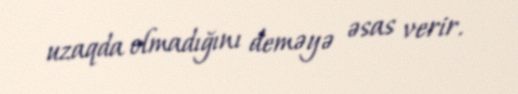
uzaqda olmadığını deməyə əsas verir.